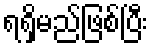
ရရှိမည်ဖြစ်ပြီး